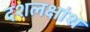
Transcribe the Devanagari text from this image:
दशलक्षांश